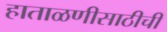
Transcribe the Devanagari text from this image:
हाताळणीसाठीची